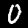
Label: 0